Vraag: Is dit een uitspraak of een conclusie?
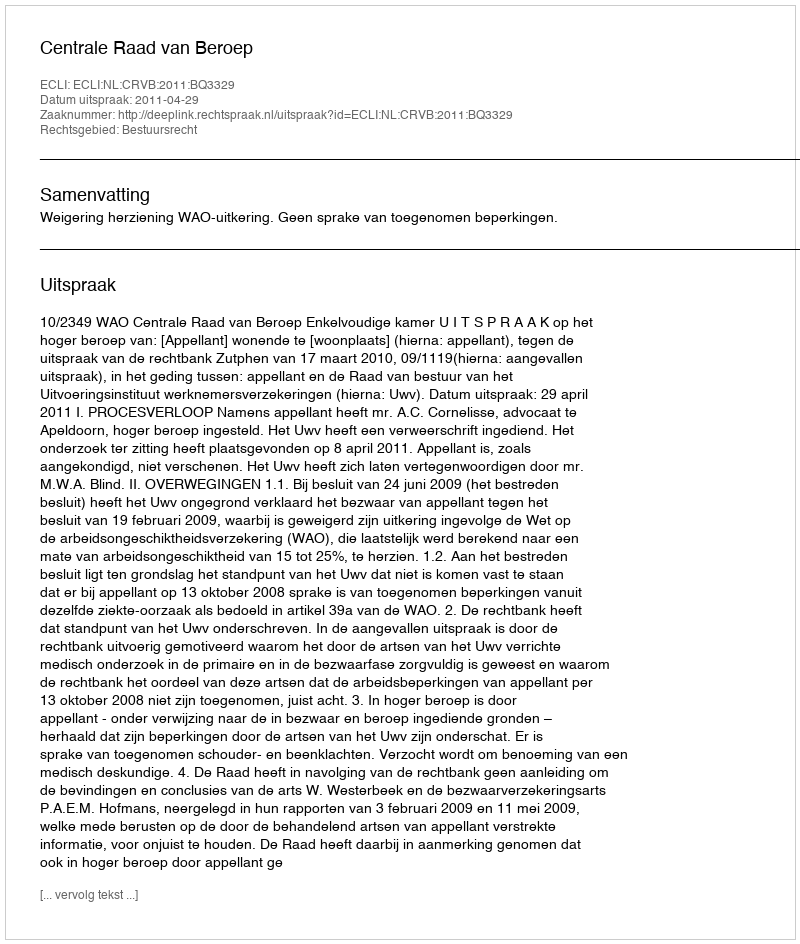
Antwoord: Uitspraak